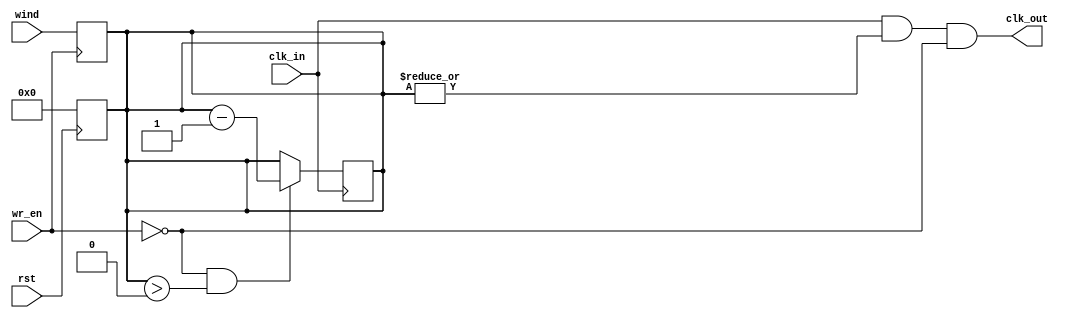
/* Verilog HDL Wind-Up Clock Module

	Filters clock signal, outputs the specified number of clock pulses.
	Analogous to a wind-up clock,

	Repo: https://github.com/mimocha/verilog-library
	Copyright (c) 2018 Chawit Leosrisook
*/

`timescale 1 ns / 1 ns

module windup_clock

//=========================================================================
//  Parameters Definition
//=========================================================================
#(
	// Internal counter bit count
	parameter BIT = 16
)

//=========================================================================
//  Ports, Wires & Variables Definition
//=========================================================================
(
	input wire			clk_in,
	input wire			rst,
	input wire			wr_en,
	input wire	[BIT-1 : 0]	wind,
	output wire			clk_out
);

//=========================================================================
//  Structural Coding
//=========================================================================

reg [BIT-1 : 0] counter;

// While any counter bit is set, let CLK signal through.
assign clk_out = clk_in & |counter & ~wr_en;

// Reset
always @ (posedge rst) begin : reset
	counter <= 0;
end

// Wind Up Counter
always @ (posedge wr_en) begin : winding
	counter <= wind;
end

// Countdown to 0, and stops
always @ (posedge clk_in) begin : countdown
	if (wr_en == 1'b0 && counter > 1'b0) begin
		counter = counter - 1'b1;
	end
end


endmodule